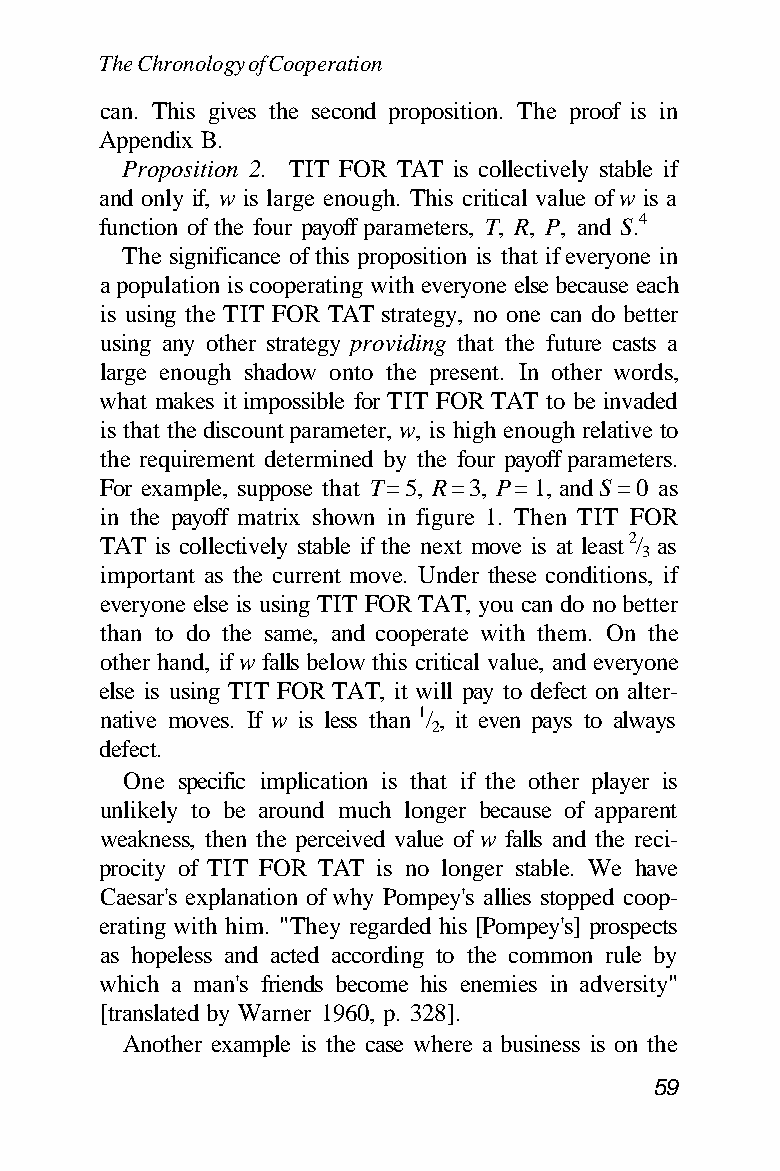
The Chronology of Cooperation
 can. This gives the second proposition. The proof is in
 Appendix B.
 Proposition 2. TIT FOR TAT is collectively stable if
 and only if, w is large enough. This critical value of w is a
 function of the four payoff parameters, T, R, P, and S.4
 The significance of this proposition is that if everyone in
 a population is cooperating with everyone else because each
 is using the TIT FOR TAT strategy, no one can do better
 using any other strategy providing that the future casts a
 large enough shadow onto the present. In other words,
 what makes it impossible for TIT FOR TAT to be invaded
 is that the discount parameter, w, is high enough relative to
 the requirement determined by the four payoff parameters.
 For example, suppose that T = 5, R = 3, P = 1, and S = 0 as
 in the payoff matrix shown in figure 1. Then TIT FOR
 TAT is collectively stable if the next move is at least 2/ as
 3
 important as the current move. Under these conditions, if
 everyone else is using TIT FOR TAT, you can do no better
 than to do the same, and cooperate with them. On the
 other hand, if w falls below this critical value, and everyone
 else is using TIT FOR TAT, it will pay to defect on alter-
 native moves. If w is less than 1/ , it even pays to always
 2
 defect.
 One specific implication is that if the other player is
 unlikely to be around much longer because of apparent
 weakness, then the perceived value of w falls and the reci-
 procity of TIT FOR TAT is no longer stable. We have
 Caesar's explanation of why Pompey's allies stopped coop-
 erating with him. "They regarded his [Pompey's] prospects
 as hopeless and acted according to the common rule by
 which a man's friends become his enemies in adversity"
 [translated by Warner 1960, p. 328].
 Another example is the case where a business is on the
 59